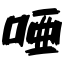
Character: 唖